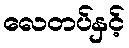
လေတပ်နှင့်